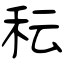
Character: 秐